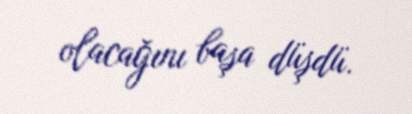
olacağını başa düşdü.